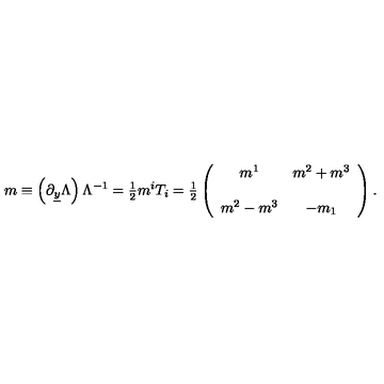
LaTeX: m \equiv \left( \partial _ { \underline { { y } } } \Lambda \right) \Lambda ^ { - 1 } = { \textstyle \frac { 1 } { 2 } } m ^ { i } T _ { i } = { \textstyle \frac { 1 } { 2 } } \left( \begin{array} { c c } { m ^ { 1 } } & { m ^ { 2 } + m ^ { 3 } } \\ { } & { } \\ { m ^ { 2 } - m ^ { 3 } } & { - m _ { 1 } } \\ \end{array} \right) .